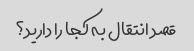
قصد انتقال به کجا را دارید؟